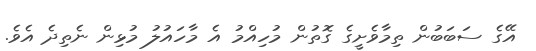
އޭގެ ސަބަބުން ތިމާވެށީގެ ގޮތުން މުހިއްމު އެ މާހައުލު މުޅިން ނެތިދެ އެވެ.